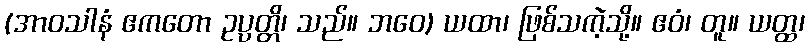
(အာဝသါနံ ဧကတော ဥပ္ပတ္တိ၊ သည်။ ဘဝေ) ယထာ၊ ဖြစ်သကဲ့သို့။ ဧဝံ၊ တူ။ ယတ္ထ၊